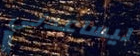
ليساعدني